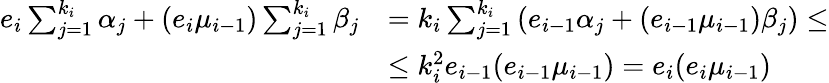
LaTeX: \begin{array}{rl}{e_{i}\sum_{j=1}^{k_{i}}\alpha_{j}+(e_{i}\mu_{i-1})\sum_{j=1}^{k_{i}}\beta_{j}}&{=k_{i}\sum_{j=1}^{k_{i}}\left(e_{i-1}\alpha_{j}+(e_{i-1}\mu_{i-1})\beta_{j}\right)\leq}\\ &{\leq k_{i}^{2}e_{i-1}(e_{i-1}\mu_{i-1})=e_{i}(e_{i}\mu_{i-1})}\end{array}